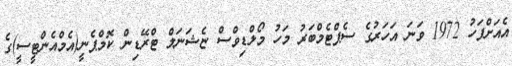
އެއަށްފަހު 1972 ވަނަ އަހަރުގެ ސެޕްޓެމްބަރު މަހު މޯލްޑިވްސް ޏެޝަނަލް ޓްރޭޑިން ކޮމްޕެނީ(އެމްއެންޓީސީ)ގެ